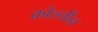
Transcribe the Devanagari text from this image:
कोल्लीन